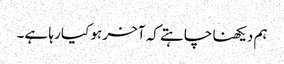
ہم دیکھنا چاہتے کہ آخر ہو کیا رہا ہے۔